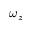
\omega _ { z }